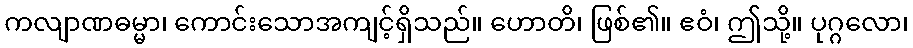
ကလျာဏဓမ္မာ၊ ကောင်းသောအကျင့်ရှိသည်။ ဟောတိ၊ ဖြစ်၏။ ဧဝံ၊ ဤသို့။ ပုဂ္ဂလော၊